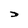
Character: D